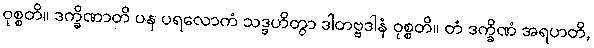
ဝုစ္စတိ။ ဒက္ခိဏာတိ ပန ပရလောကံ သဒ္ဒဟိတွာ ဒါတဗ္ဗဒါနံ ဝုစ္စတိ။ တံ ဒက္ခိဏံ အရဟတိ,